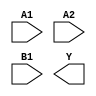
module sky130_fd_sc_lp__a21oi (
    //# {{data|Data Signals}}
    input  A1,
    input  A2,
    input  B1,
    output Y
);

    // Voltage supply signals
    supply1 VPWR;
    supply0 VGND;
    supply1 VPB ;
    supply0 VNB ;

endmodule